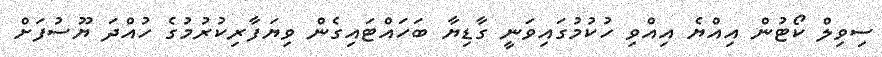
ސިވިލް ކޯޓުން އިއްޔެ އިއްވި ހުކުމުގައިވަނީ ގާޑިޔާ ބަހައްޓައިގެން ވިޔަފާރިކުރުމުގެ ހުއްދަ ޔޫސުފަށް